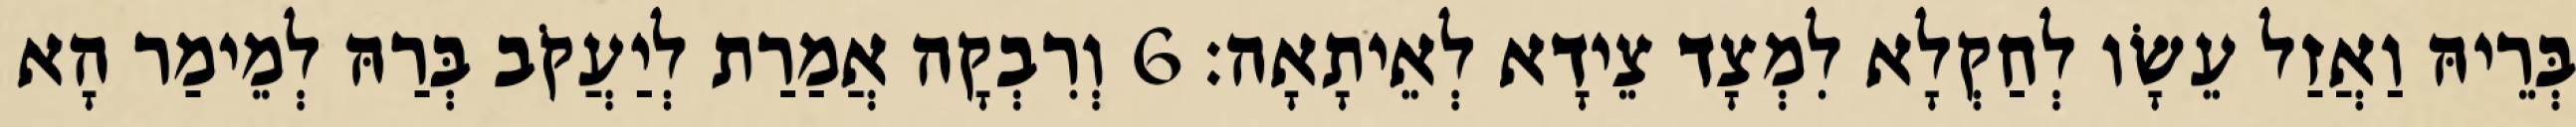
בְּרֵיהּ וַאֲזַל עֵשָׂו לְחַקְלָא לִמְצָד צֵידָא לְאֵיתָאָה׃ 6 וְרִבְקָה אֲמַרַת לְיַעֲקֹב בְּרַהּ לְמֵימַר הָא